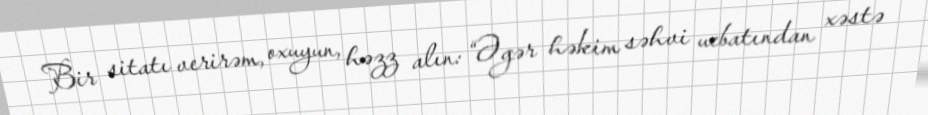
Bir sitatı verirəm, oxuyun, həzz alın: “Əgər həkim səhvi ucbatından xəstə